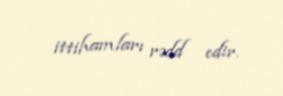
ittihamları rədd edir.